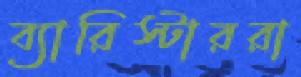
ব্যারিস্টাররা